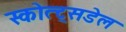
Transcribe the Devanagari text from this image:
स्कोत्ट्सडेल